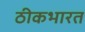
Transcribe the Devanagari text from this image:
ठीकभारत